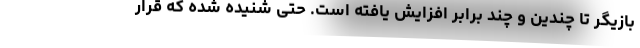
بازیگر تا چندین و چند برابر افزایش یافته است. حتی شنیده شده که قرار